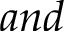
a n d